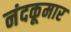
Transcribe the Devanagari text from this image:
नंदकूमार